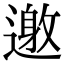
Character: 𨖟